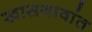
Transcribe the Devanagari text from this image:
खासगावांत